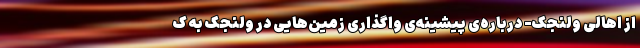
از اهالی ولنجک- درباره‌ی پیشینه‌ی واگذاری زمین‌هایی در ولنجک به ک